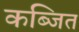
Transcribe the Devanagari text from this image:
कब्जित